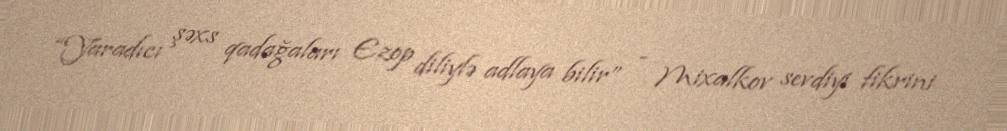
“Yaradıcı şəxs qadağaları Ezop diliylə adlaya bilir” - Mixalkov sevdiyi fikrini